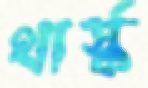
থার্স্ক